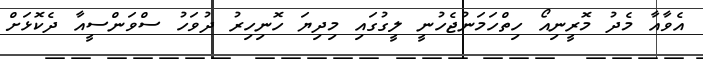
އެވާއާ މެދު މޮރީނިއޯ ހިތްހަމަނުޖެހުނީ ލީގުގައި މިދިޔަ ހޮނިހިރު ދުވަހު ސްވަންސީއާ ދެކޮޅަށް